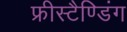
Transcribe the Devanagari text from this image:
फ्रीस्टैण्डिंग